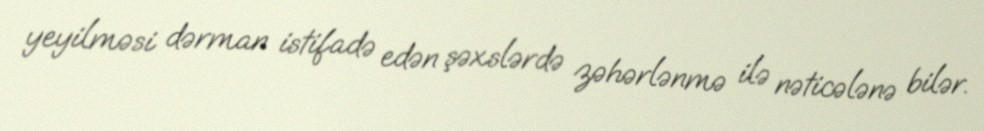
yeyilməsi dərman istifadə edən şəxslərdə zəhərlənmə ilə nəticələnə bilər.